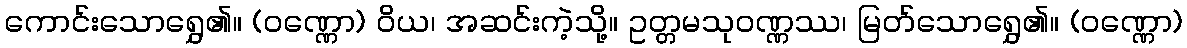
ကောင်းသောရွှေ၏။ (ဝဏ္ဏော) ဝိယ၊ အဆင်းကဲ့သို့။ ဥတ္တမသုဝဏ္ဏဿ၊ မြတ်သောရွှေ၏။ (ဝဏ္ဏော)